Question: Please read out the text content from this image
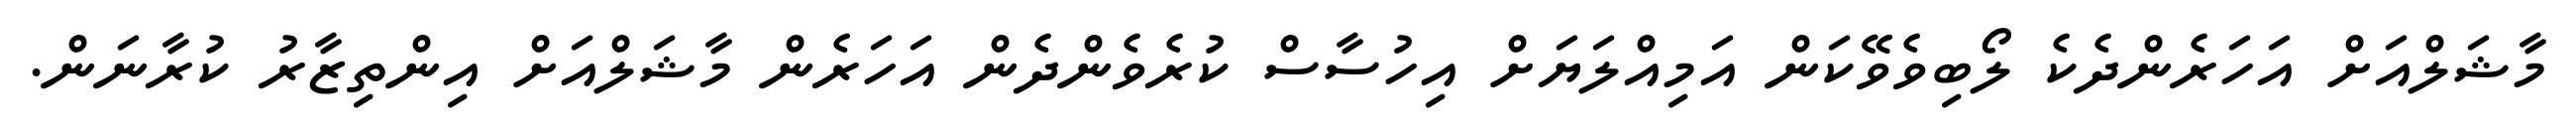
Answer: މާޝަލްއަށް އަހަރެންދެކެ ލޯބިވެވޭކަން އަމިއްލަޔަށް އިހުސާސް ކުރެވެންދެން އަހަރެން މާޝަލްއަށް އިންތިޒާރު ކުރާނަން.